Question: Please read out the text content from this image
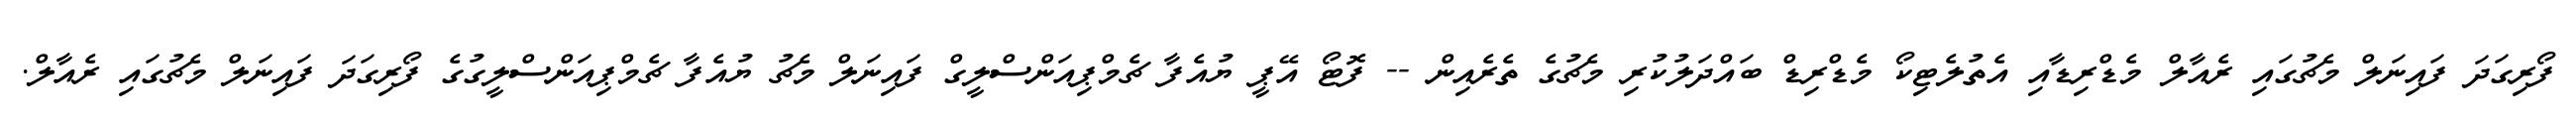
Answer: ފޯރިގަދަ ފައިނަލް މެޗުގައި ރެއާލް މެޑްރިޑާއި އެތުލެޓިކޯ މެޑްރިޑް ބައްދަލުކުރި މެޗުގެ ތެރެއިން -- ފޮޓޯ އޭޕީ ޔުއެފާ ޗެމްޕިއަންސްލީގް ފައިނަލް މެޗު ޔުއެފާ ޗެމްޕިއަންސްލީގުގެ ފޯރިގަދަ ފައިނަލް މެޗުގައި ރެއާލް.